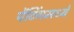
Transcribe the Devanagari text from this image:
पेंटिंगमध्ये